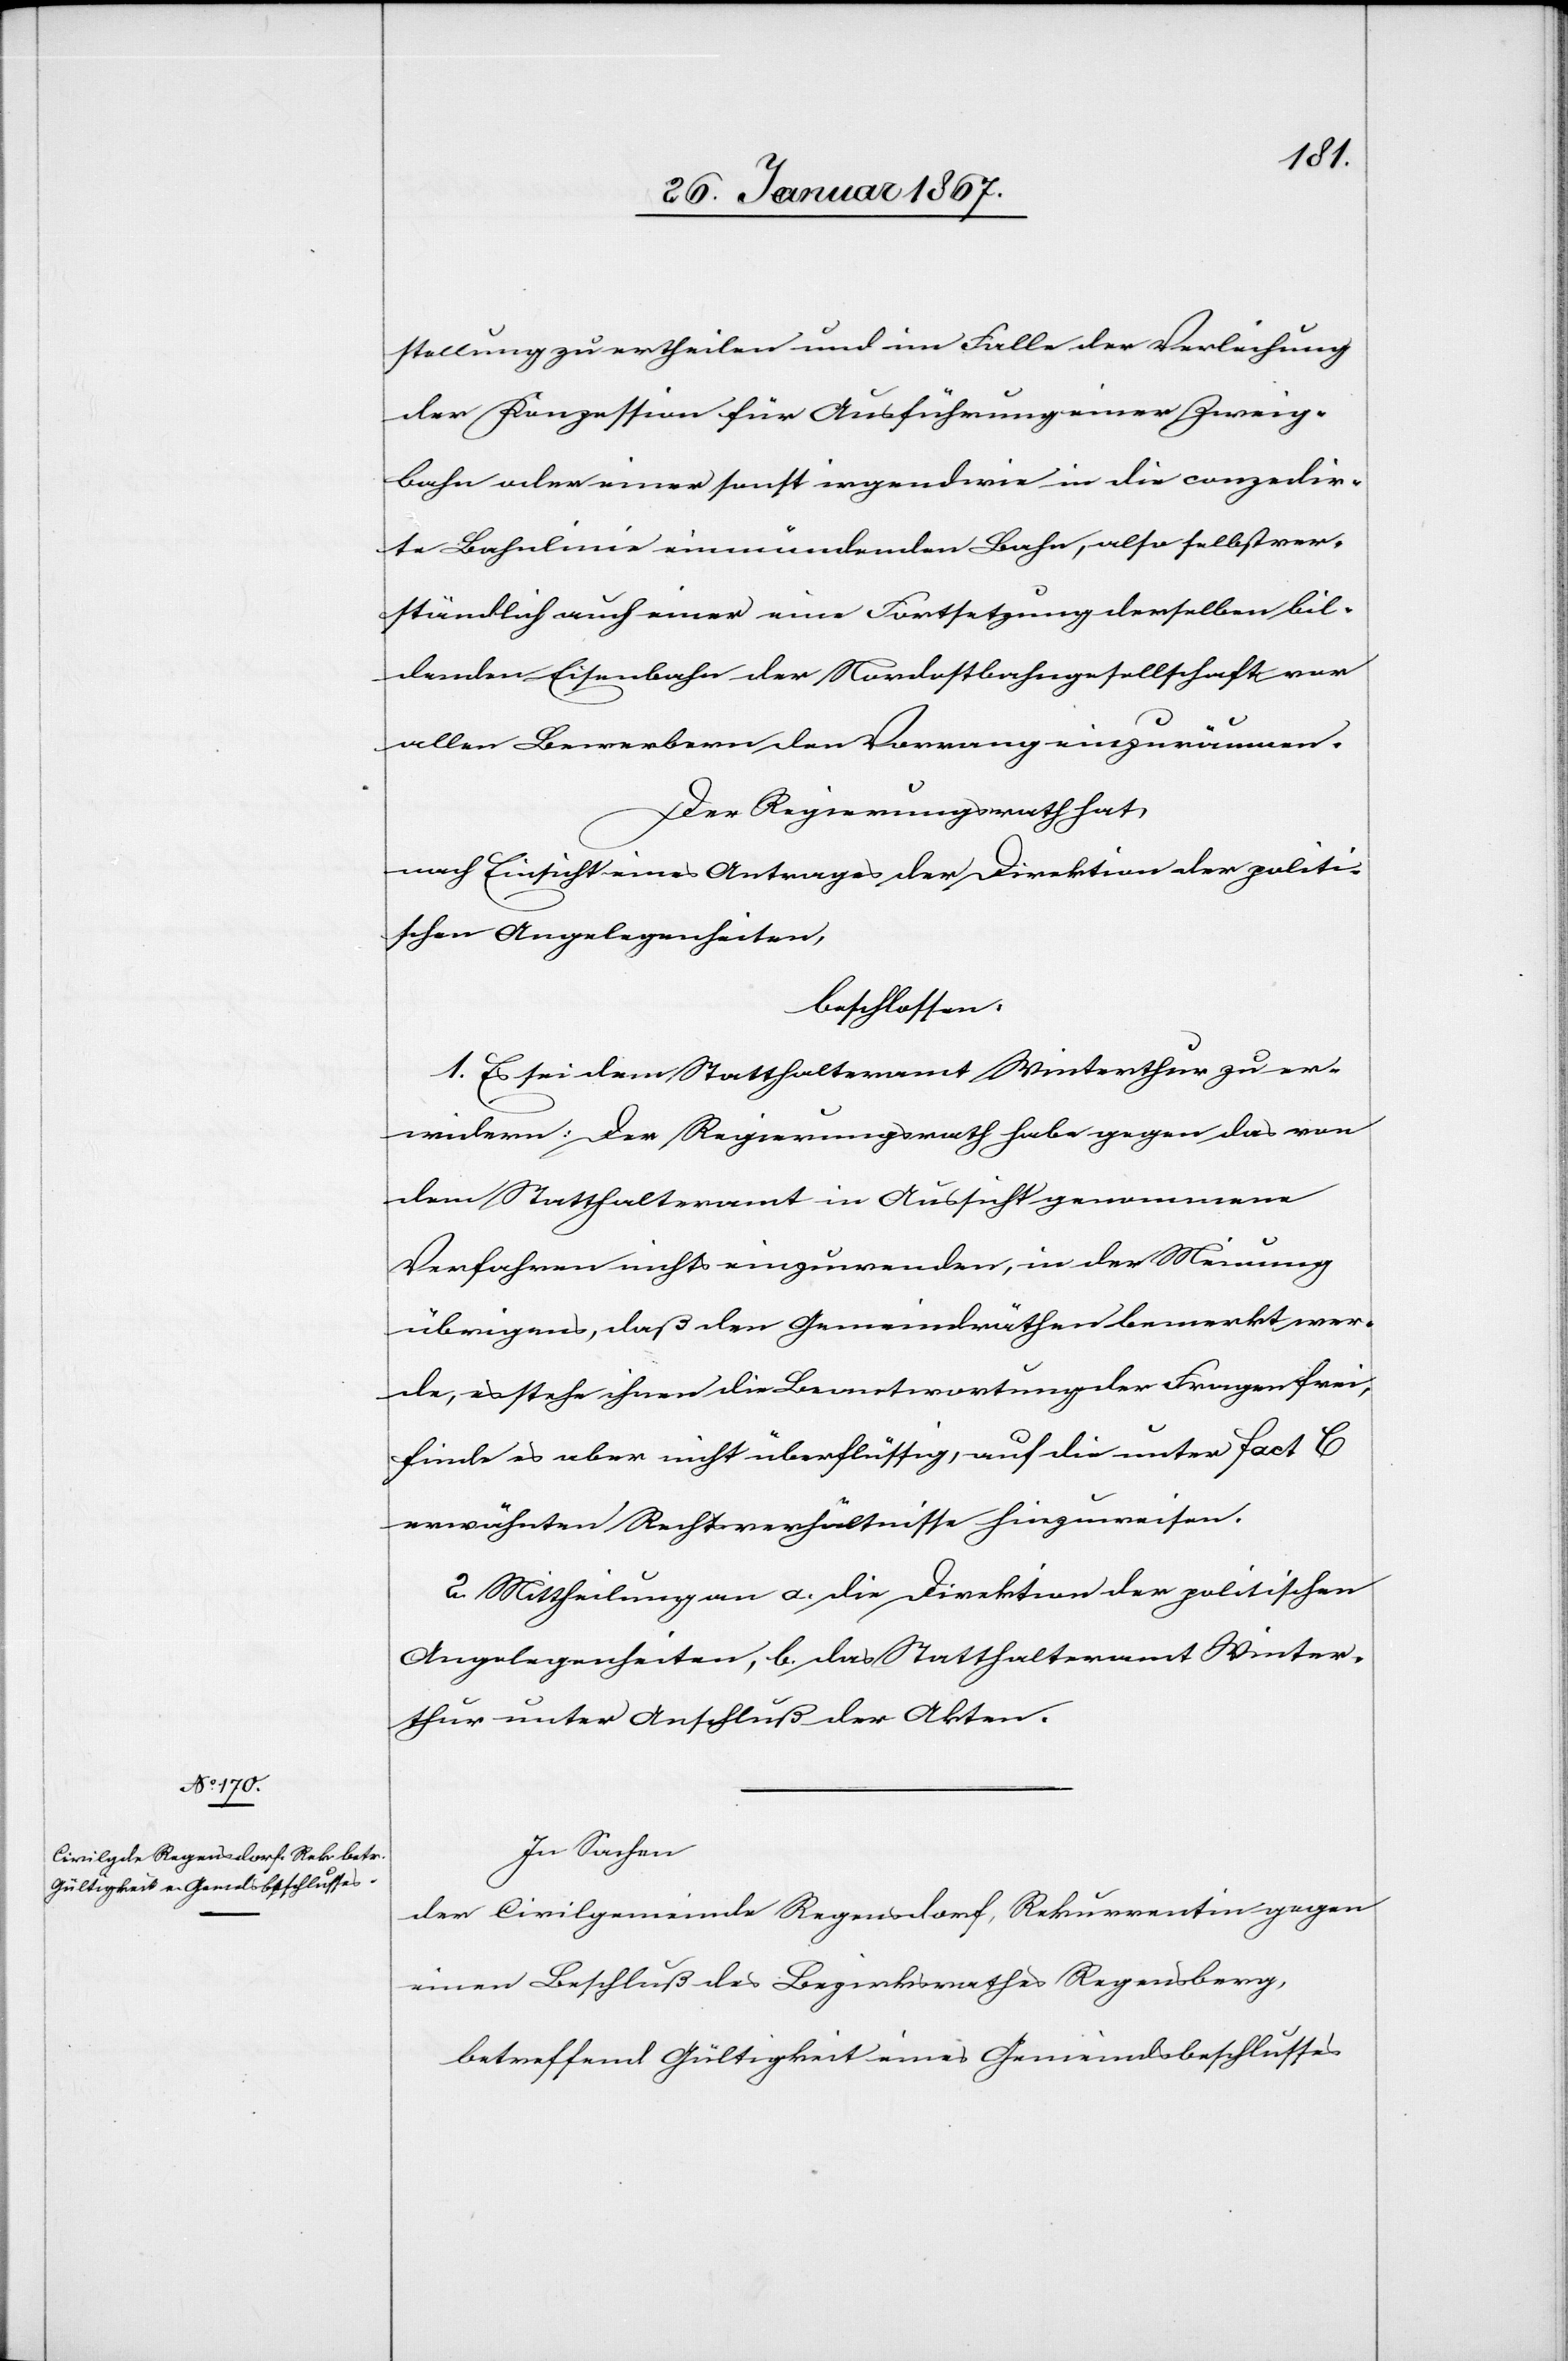
stellung zu ertheilen und im Falle der Verleihung
der Konzession für Ausführung einer Zweig¬
bahn oder einer sonst irgendwie in die conzedir¬
te Bahnlinie einmündenden Bahn, also selbstver¬
ständlich auch einer eine Fortsetzung derselben bil¬
denden Eisenbahn der Nordostbahngesellschaft von
allen Bewerbern den Vorrang einzuräumen.
Der Regierungsrath hat,
nach Einsicht eines Antrages der Direktion der politi¬
schen Angelegenheiten,
beschlossen:
1. Es sei dem Statthalteramt Winterthur zu er¬
widern: Der Regierungsrath habe gegen das von
dem Statthalteramt in Aussicht genommene
Verfahren nichts einzuwenden, in der Meinung
übrigens, daß den Gemeinderäthen bemerkt wer¬
de, es stehe ihnen die Beantwortung der Fragen frei,
finde es aber nicht überflüssig, auf die unter fact C
erwähnten Rechtsverhältnisse hinzuweisen.
2. Mittheilung an a. die Direktion der politischen
Angelegenheiten, b. das Statthalteramt Winter¬
thur unter Anschluß der Akten.
In Sachen
der Civilgemeinde Regensdorf, Rekurrentin gegen
einen Beschluß des Bezirksrathes Regensberg,
betreffend Gültigkeit eines Gemeindsbeschlusses